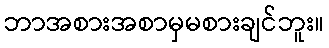
ဘာအစားအစာမှမစားချင်ဘူး။